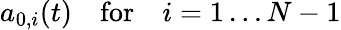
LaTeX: a_{0,i}(t)\quad\mathrm{for}\quad i=1\dots N-1